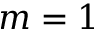
m = 1